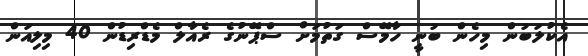
އެކުލަބުން މިހެން ބުނީ ހާމޭސް ގަތުމަށް ސްޕޭނުގެ ރެއާލް މެޑްރިޑުން 40 މިލިއަން